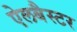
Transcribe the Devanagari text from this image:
ऐलबैस्टर